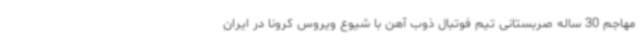
مهاجم 30 ساله صربستانی تیم فوتبال ذوب آهن با شیوع ویروس کرونا در ایران